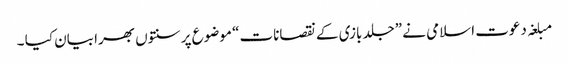
مبلغہ دعوت اسلامی نے ”جلد بازی کے نقصانات“ موضوع پر سنتوں بھرا بیان کیا ۔